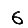
Digit: 6